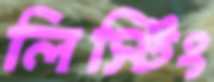
লিস্টিং